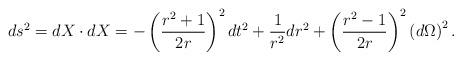
LaTeX: \begin{align*}ds^2=dX\cdot dX=-\left( \frac{r^2+1}{2r}\right) ^2dt^2+\frac1{r^2}dr^2+\left( \frac{r^2-1}{2r}\right) ^2\left( d\Omega \right) ^2{.}\end{align*}